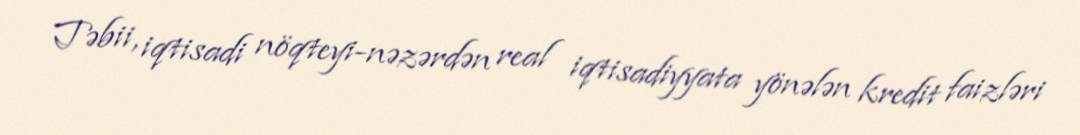
Təbii, iqtisadi nöqteyi-nəzərdən real iqtisadiyyata yönələn kredit faizləri